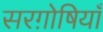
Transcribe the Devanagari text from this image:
सरग़ोषियाँ